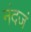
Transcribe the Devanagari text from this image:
नंदजं